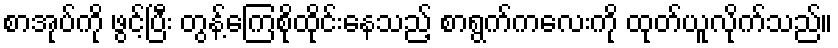
စာအုပ်ကို ဖွင့်ပြီး တွန့်ကြေစိုထိုင်းနေသည့် စာရွက်ကလေးကို ထုတ်ယူလိုက်သည်။